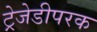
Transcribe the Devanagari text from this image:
ट्रेजेडीपरक